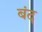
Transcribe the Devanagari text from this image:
बंद